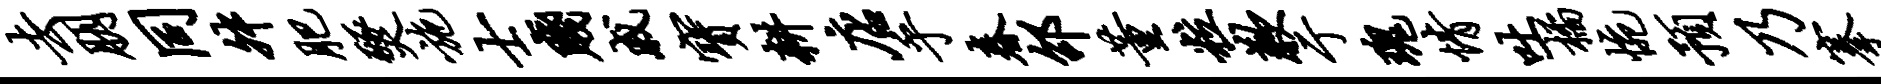
去朋同舛肥燹施士贱戚宝耕店乎春邵董粒歉亍瑰情吐橘惋预乃搴